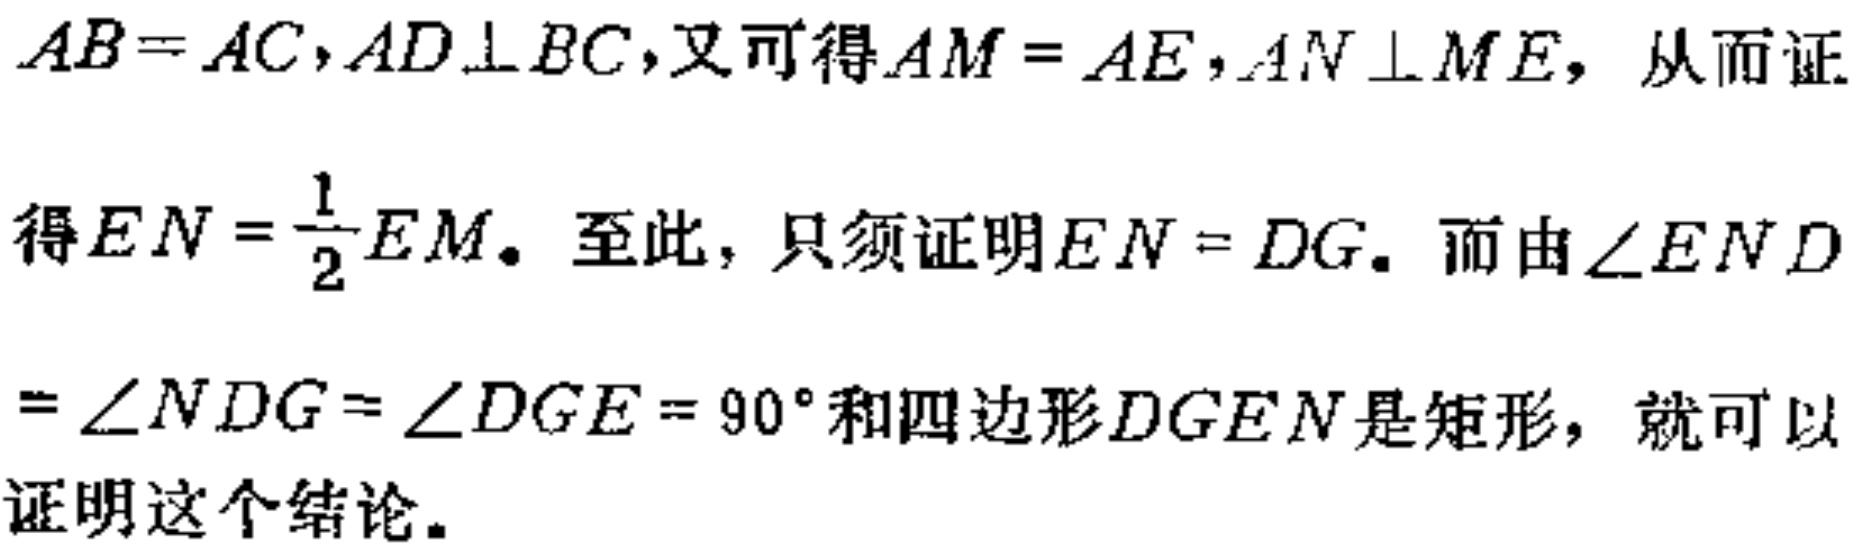
$AB = AC,AD\perp BC$,又可得$AM = AE,AN\perp ME$，从而证

得$EN=\frac{1}{2}EM.$ 至此，只须证明$EN = DG.$ 而由$\angle END$

$=\angle NDG=\angle DGE = 90^{\circ}$和四边形$DGEN$是矩形，就可以

证明这个结论.